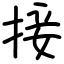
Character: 接